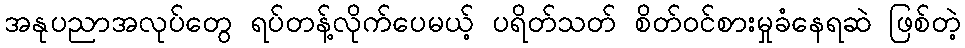
အနုပညာအလုပ်တွေ ရပ်တန့်လိုက်ပေမယ့် ပရိတ်သတ် စိတ်ဝင်စားမှုခံနေရဆဲ ဖြစ်တဲ့